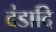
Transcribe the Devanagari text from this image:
दंडादि